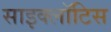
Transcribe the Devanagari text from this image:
साइक्लॉटिस